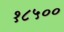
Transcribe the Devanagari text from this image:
१८५००